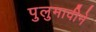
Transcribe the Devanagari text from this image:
पुलुमावीने